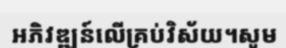
អភិវឌ្ឍន៍លើគ្រប់វិស័យ។សូម